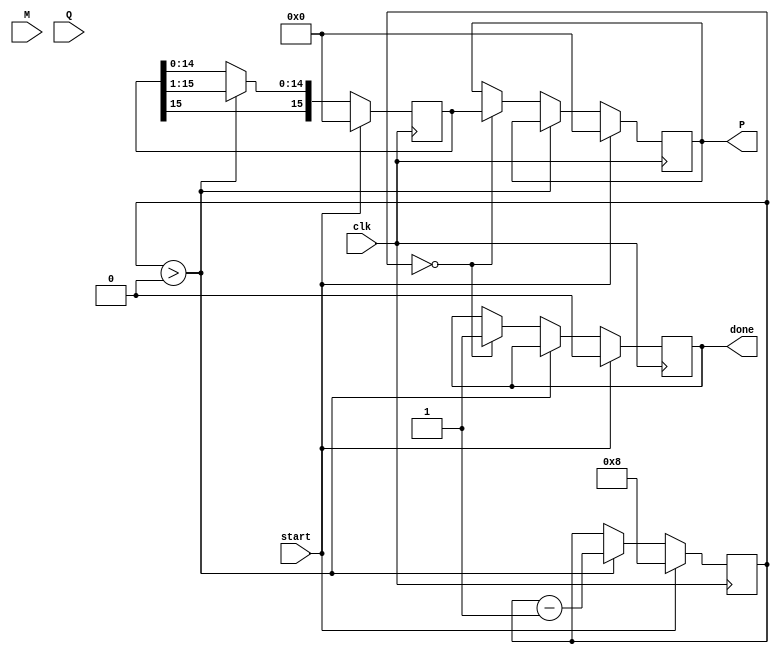
module ModifiedBoothMultiplier #(parameter WIDTH = 8) (
    input signed [WIDTH-1:0] M,          // Multiplicand
    input signed [WIDTH-1:0] Q,          // Multiplier
    input clk,                            // Clock
    input start,                          // Start signal
    output reg signed [2*WIDTH-1:0] P,   // Product
    output reg done                       // Done signal
);

    reg signed [WIDTH-1:0] Q_minus_1;    // Previous Q bit
    reg signed [2*WIDTH-1:0] A;           // Accumulator
    reg [3:0] count;                      // Loop counter
    reg [2:0] control;                    // Control signal for operation

    // States for partial product generation
    localparam NO_ACTION = 3'b000;
    localparam ADD = 3'b001;
    localparam SUBTRACT = 3'b010;

    // Control signals
    always @(posedge clk) begin
        if (start) begin
            // Initialize the registers
            A <= 0;
            Q_minus_1 <= 0;
            P <= 0;
            count <= WIDTH; // Process 'WIDTH' bits
            done <= 0;
        end
        else if (count > 0) begin
            // Examining the last two bits of Q and Q_minus_1
            control <= {Q[0], Q_minus_1};

            // Booth's encoding logic
            case (control)
                3'b00: begin
                    // No action
                    A <= A; 
                end
                3'b01: begin
                    // Add multiplicand
                    A <= A + {M, {WIDTH{1'b0}}}; // Shift M left by WIDTH
                end
                3'b10: begin
                    // Subtract multiplicand
                    A <= A - {M, {WIDTH{1'b0}}}; // Shift M left by WIDTH
                end
                default: begin
                    // No action
                    A <= A;
                end
            endcase

            // Right shift operation
            {Q_minus_1, Q} <= {A[0], Q} >> 1; // Shift A and Q right
            A <= {A[2*WIDTH-1], A[2*WIDTH-1:1]}; // Arithmetic shift on A

            // Decrement the counter
            count <= count - 1;
        end
        else if (count == 0) begin
            // Last operation complete
            P <= A; // Store the final product
            done <= 1; // Indicate that the operation is complete
        end
    end
endmodule